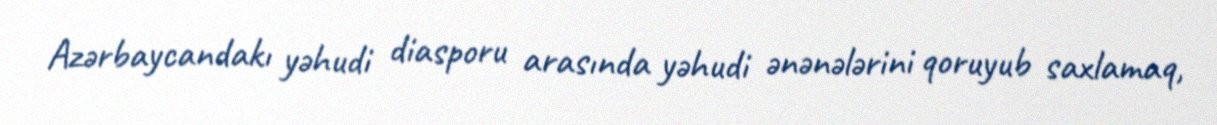
Azərbaycandakı yəhudi diasporu arasında yəhudi ənənələrini qoruyub saxlamaq,